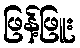
ဖြန့်ဖြူး